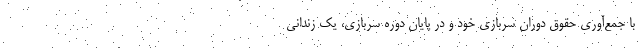
با جمع‌آوری حقوق دوران سربازی خود و در پایان دوره سربازی، یک زندانی